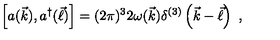
\left[ a ( \vec { k } ) , a ^ { \dagger } ( \vec { \ell } ) \right] = ( 2 \pi ) ^ { 3 } 2 \omega ( \vec { k } ) \delta ^ { ( 3 ) } \left( \vec { k } - \vec { \ell } \right) \ ,